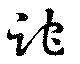
跎